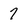
Character: 7